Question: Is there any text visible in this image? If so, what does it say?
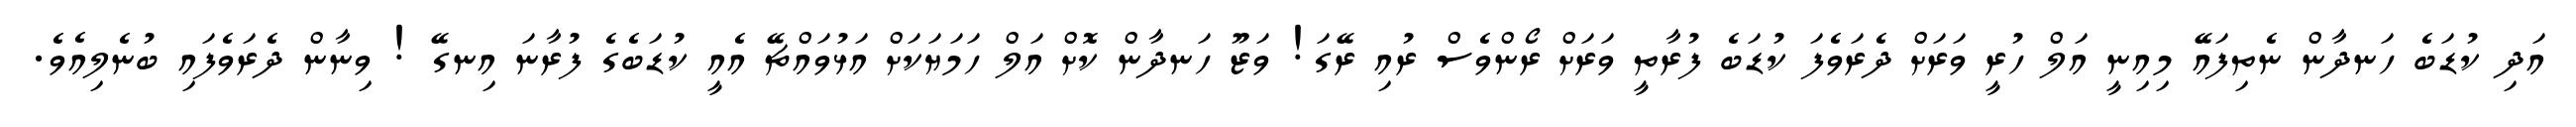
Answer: އަދި ކުޑަބެ ހަނދާން ނެތިފައޭ މިއިނީ އަލް ހުރީ ވަރަށް ދެރަވެފަ ކުޑަބެ ފުރާތީ ވަރަށް ރޯންވެސް ރުއި ރޭގަ! ވަޒޫ ހަނދާން ކޮށް އަލް ހަމަޔަކަށް އަޅުވައްޗޭ އެއީ ކުޑަބެގެ ފުރާނަ އިނގޭ ! ވިނާން ދެރަވެފައި ބުނެލިއެވެ.